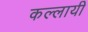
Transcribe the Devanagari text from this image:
कल्लायी